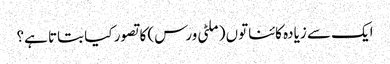
ایک سے زیادہ کائناتوں (ملٹی ورس) کا تصور کیا بتاتا ہے؟